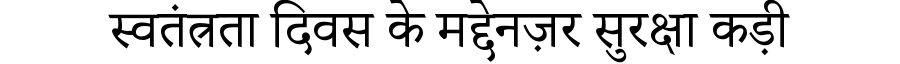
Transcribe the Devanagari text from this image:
स्वतंत्रता दिवस के मद्देनज़र सुरक्षा कड़ी